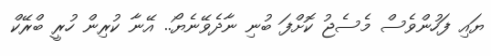
ޔައި ފަހުންވެސް މެސެޖު ކޮށްފަ ބުނި ނާދެވޭނެޔޯ.. އޭނާ ކުރިން ހުރީ ބްރޭކް